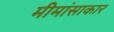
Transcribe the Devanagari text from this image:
मीमांसाकार